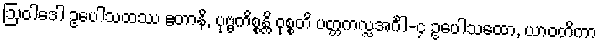
ဩဝါဒေါ ဥပေါသထဿ ဧတာနိ, ပုဗ္ဗကိစ္စန္တိ ဝုစ္စတိ ပတ္တကလ္လအင်္ဂါ-၄ ဥပေါသထော, ယာဝတိကာ